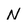
Character: N